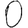
Digit: 0